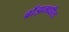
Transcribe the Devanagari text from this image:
ब्राँझमधील